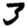
Digit: 3